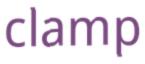
clamp